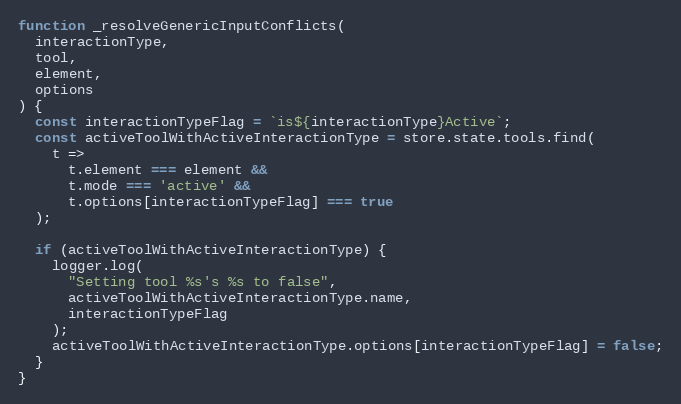
Language: JavaScript
function _resolveGenericInputConflicts(
  interactionType,
  tool,
  element,
  options
) {
  const interactionTypeFlag = `is${interactionType}Active`;
  const activeToolWithActiveInteractionType = store.state.tools.find(
    t =>
      t.element === element &&
      t.mode === 'active' &&
      t.options[interactionTypeFlag] === true
  );

  if (activeToolWithActiveInteractionType) {
    logger.log(
      "Setting tool %s's %s to false",
      activeToolWithActiveInteractionType.name,
      interactionTypeFlag
    );
    activeToolWithActiveInteractionType.options[interactionTypeFlag] = false;
  }
}